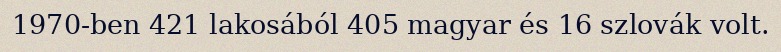
1970-ben 421 lakosából 405 magyar és 16 szlovák volt.